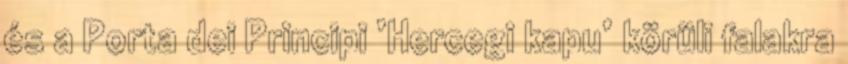
és a Porta dei Principi ’Hercegi kapu’ körüli falakra